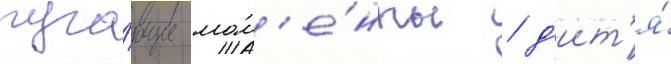
пуга́ющие мом'е́нты / д'ит'я́